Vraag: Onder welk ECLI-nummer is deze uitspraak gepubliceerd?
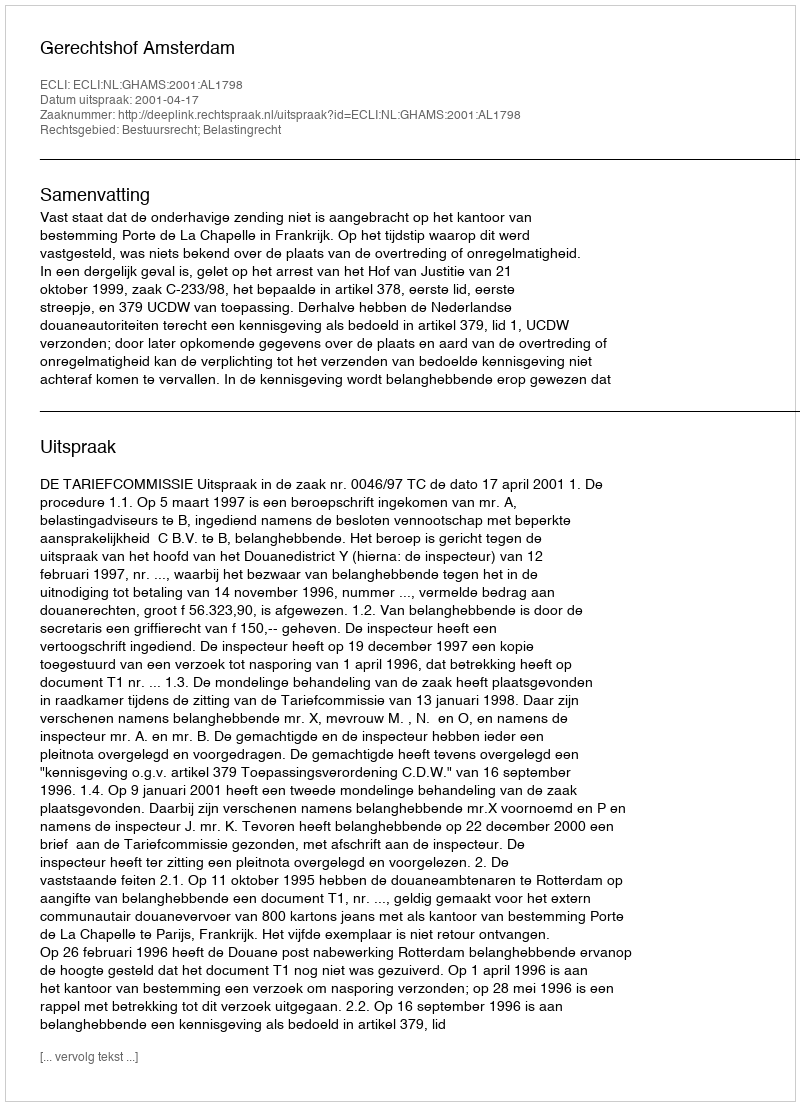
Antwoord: ECLI:NL:GHAMS:2001:AL1798